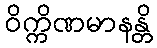
ဝိက္ကိဏမာနန္တိ